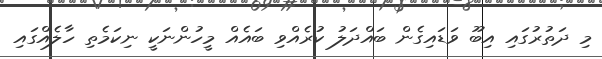
މި ދަތުރުގައި އިބޫ ވަޑައިގެން ބައްދަލު ކުރެއްވި ބައެއް މީހުންނަކީ ނިކަމެތި ހާލެއްގައި